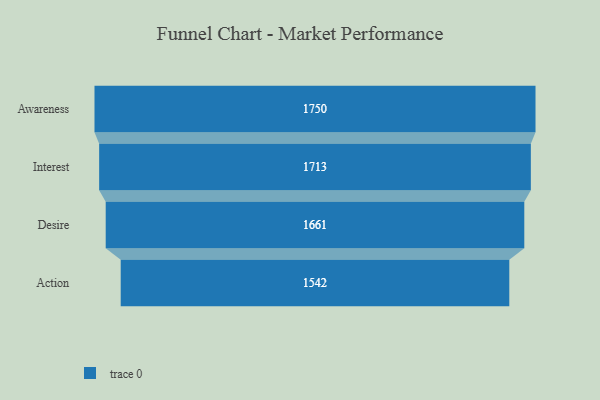
{"axis": {"x": "Stage", "y": "Value"}, "legend": [""], "data": [{"x": "Awareness", "y": 1750.0, "type": ""}, {"x": "Interest", "y": 1713.0, "type": ""}, {"x": "Desire", "y": 1661.0, "type": ""}, {"x": "Action", "y": 1542.0, "type": ""}]}